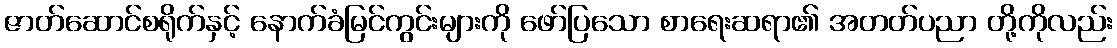
ဇာတ်ဆောင်စရိုက်နှင့် နောက်ခံမြင်ကွင်းများကို ဖော်ပြသော စာရေးဆရာ၏ အတတ်ပညာ တို့ကိုလည်း